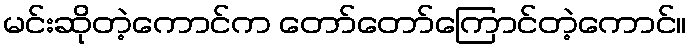
မင်းဆိုတဲ့ကောင်က တော်တော်ကြောင်တဲ့ကောင်။